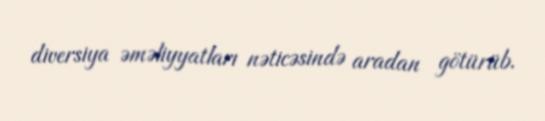
diversiya əməliyyatları nəticəsində aradan götürüb.